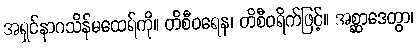
အရှင်နာဂသိန်မထေရ်ကို။ တိစီဝရေန၊ တိစီဝရိက်ဖြင့်။ အစ္ဆာဒေတွာ၊